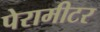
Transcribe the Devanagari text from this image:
पेरामीटर